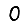
Digit: 0